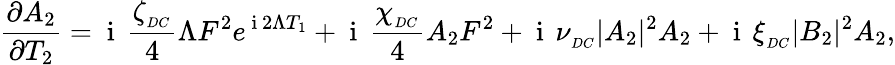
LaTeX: \frac{\partial A_{2}}{\partial T_{2}}=\mathrm{~i~}\, \frac{\zeta_{_{DC}}}{4}\Lambda F^{2}e^{\mathrm{~i~}2\Lambda T_{1}}+\mathrm{~i~}\, \frac{\chi_{_{DC}}}{4}A_{2}F^{2}+\mathrm{~i~}\, \nu_{_{DC}}|A_{2}|^{2}A_{2}+\mathrm{~i~}\, \xi_{_{DC}}|B_{2}|^{2}A_{2},